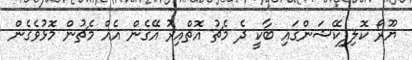
ޔޫރޯ ކޮލިފިކޭޝަންގައި ބާކީ ދެ މެޗު އޮތްއިރު އޭގެން އެއް މެޗުން މޮޅުވެގެން